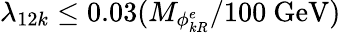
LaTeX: \lambda_{12k}\leq 0.03(M_{\phi_{kR}^{e}}/100\ \mathrm{GeV})